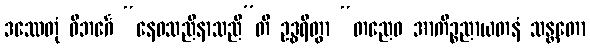
ဒဿေတုံ ဝိဘင်္ဂေ “နေဝသညီနာသညီ”တိ ဥဒ္ဓရိတွာ “တညေဝ အာကိဉ္စညာယတနံ သန္တတော